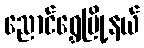
ညောင်ရွှေမြို့နယ်